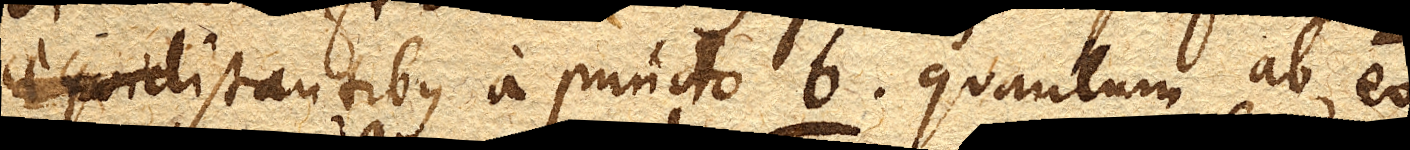
aequidistantibus distantibus a puncto b. quantum ab eo